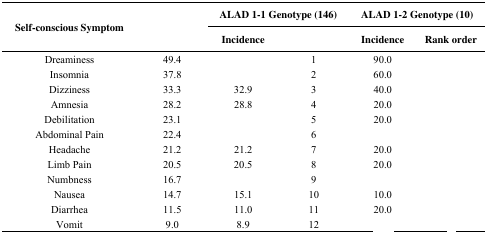
<table><thead><tr><td rowspan="2"><b>Self-conscious Symptom</b></td><td rowspan="2">[EMPTY_CELL]</td><td colspan="2"><b>ALAD 1-1 Genotype (146)</b></td><td colspan="2"><b>ALAD 1-2 Genotype (10)</b></td></tr><tr><td><b>Incidence</b></td><td>[EMPTY_CELL]</td><td><b>Incidence</b></td><td><b>Rank order</b></td></tr></thead><tbody><tr><td>Dreaminess</td><td>49.4</td><td>[EMPTY_CELL]</td><td>1</td><td>90.0</td><td>[EMPTY_CELL]</td></tr><tr><td>Insomnia</td><td>37.8</td><td>[EMPTY_CELL]</td><td>2</td><td>60.0</td><td>[EMPTY_CELL]</td></tr><tr><td>Dizziness</td><td>33.3</td><td>32.9</td><td>3</td><td>40.0</td><td>[EMPTY_CELL]</td></tr><tr><td>Amnesia</td><td>28.2</td><td>28.8</td><td>4</td><td>20.0</td><td>[EMPTY_CELL]</td></tr><tr><td>Debilitation</td><td>23.1</td><td>[EMPTY_CELL]</td><td>5</td><td>20.0</td><td>[EMPTY_CELL]</td></tr><tr><td>Abdominal Pain</td><td>22.4</td><td>[EMPTY_CELL]</td><td>6</td><td>[EMPTY_CELL]</td><td>[EMPTY_CELL]</td></tr><tr><td>Headache</td><td>21.2</td><td>21.2</td><td>7</td><td>20.0</td><td>[EMPTY_CELL]</td></tr><tr><td>Limb Pain</td><td>20.5</td><td>20.5</td><td>8</td><td>20.0</td><td>[EMPTY_CELL]</td></tr><tr><td>Numbness</td><td>16.7</td><td>[EMPTY_CELL]</td><td>9</td><td>[EMPTY_CELL]</td><td>[EMPTY_CELL]</td></tr><tr><td>Nausea</td><td>14.7</td><td>15.1</td><td>10</td><td>10.0</td><td>[EMPTY_CELL]</td></tr><tr><td>Diarrhea</td><td>11.5</td><td>11.0</td><td>11</td><td>20.0</td><td>[EMPTY_CELL]</td></tr><tr><td>Vomit</td><td>9.0</td><td>8.9</td><td>12</td><td>[EMPTY_CELL]</td><td>[EMPTY_CELL]</td></tr></tbody></table>